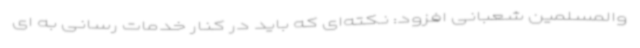
والمسلمین شعبانی افزود: نکته‌ای که باید در کنار خدمات رسانی به ای